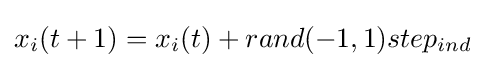
x_{i}(t+1)=x_{i}(t)+rand(-1,1)step_{ind}